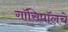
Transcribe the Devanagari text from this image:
गॉसिपॉलचे